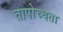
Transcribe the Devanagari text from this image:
तापोच्चता